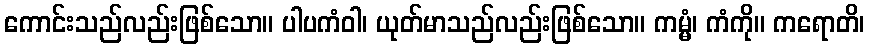
ကောင်းသည်လည်းဖြစ်သော။ ပါပကံဝါ၊ ယုတ်မာသည်လည်းဖြစ်သော။ ကမ္မံ၊ ကံကို။ ကရောတိ၊